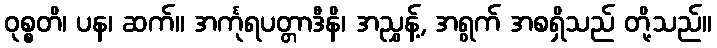
ဝုစ္စတိ၊ ပန၊ ဆက်။ အင်္ကုရပတ္တာဒီနိ၊ အညွှန့်, အရွက် အစရှိသည် တို့သည်။